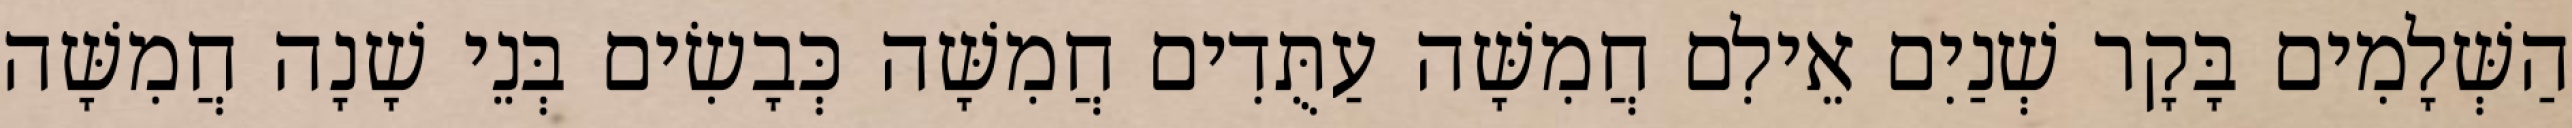
הַשְּׁלָמִים בָּקָר שְׁנַיִם אֵילִם חֲמִשָּׁה עַתֻּדִים חֲמִשָּׁה כְּבָשִׂים בְּנֵי שָׁנָה חֲמִשָּׁה